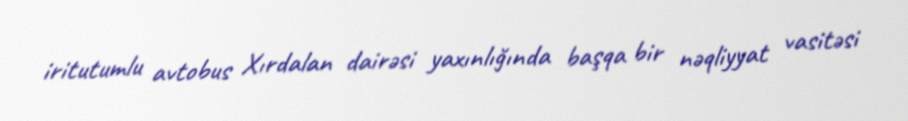
iritutumlu avtobus Xırdalan dairəsi yaxınlığında başqa bir nəqliyyat vasitəsi